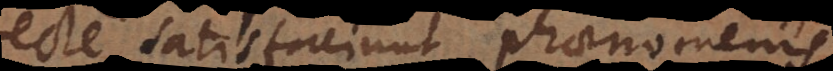
ecte satisfaciunt phaenomenis,